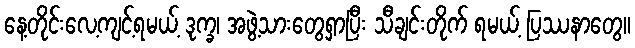
နေ့တိုင်းလေ့ကျင့်ရမယ့် ဒုက္ခ၊ အဖွဲ့သားတွေရှာပြီး သီချင်းတိုက် ရမယ့် ပြဿနာတွေ။